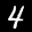
Label: 4